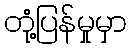
တုံ့ပြန်မှုမှာ